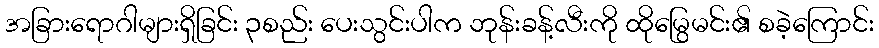
အခြားရောဂါများရှိခြင်း ၃စည်း ပေးသွင်းပါက ဘုန်းခန့်လီးကို ထိုမြွေမင်း၏ စခဲ့ကြောင်း